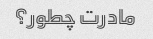
مادرت چطور؟